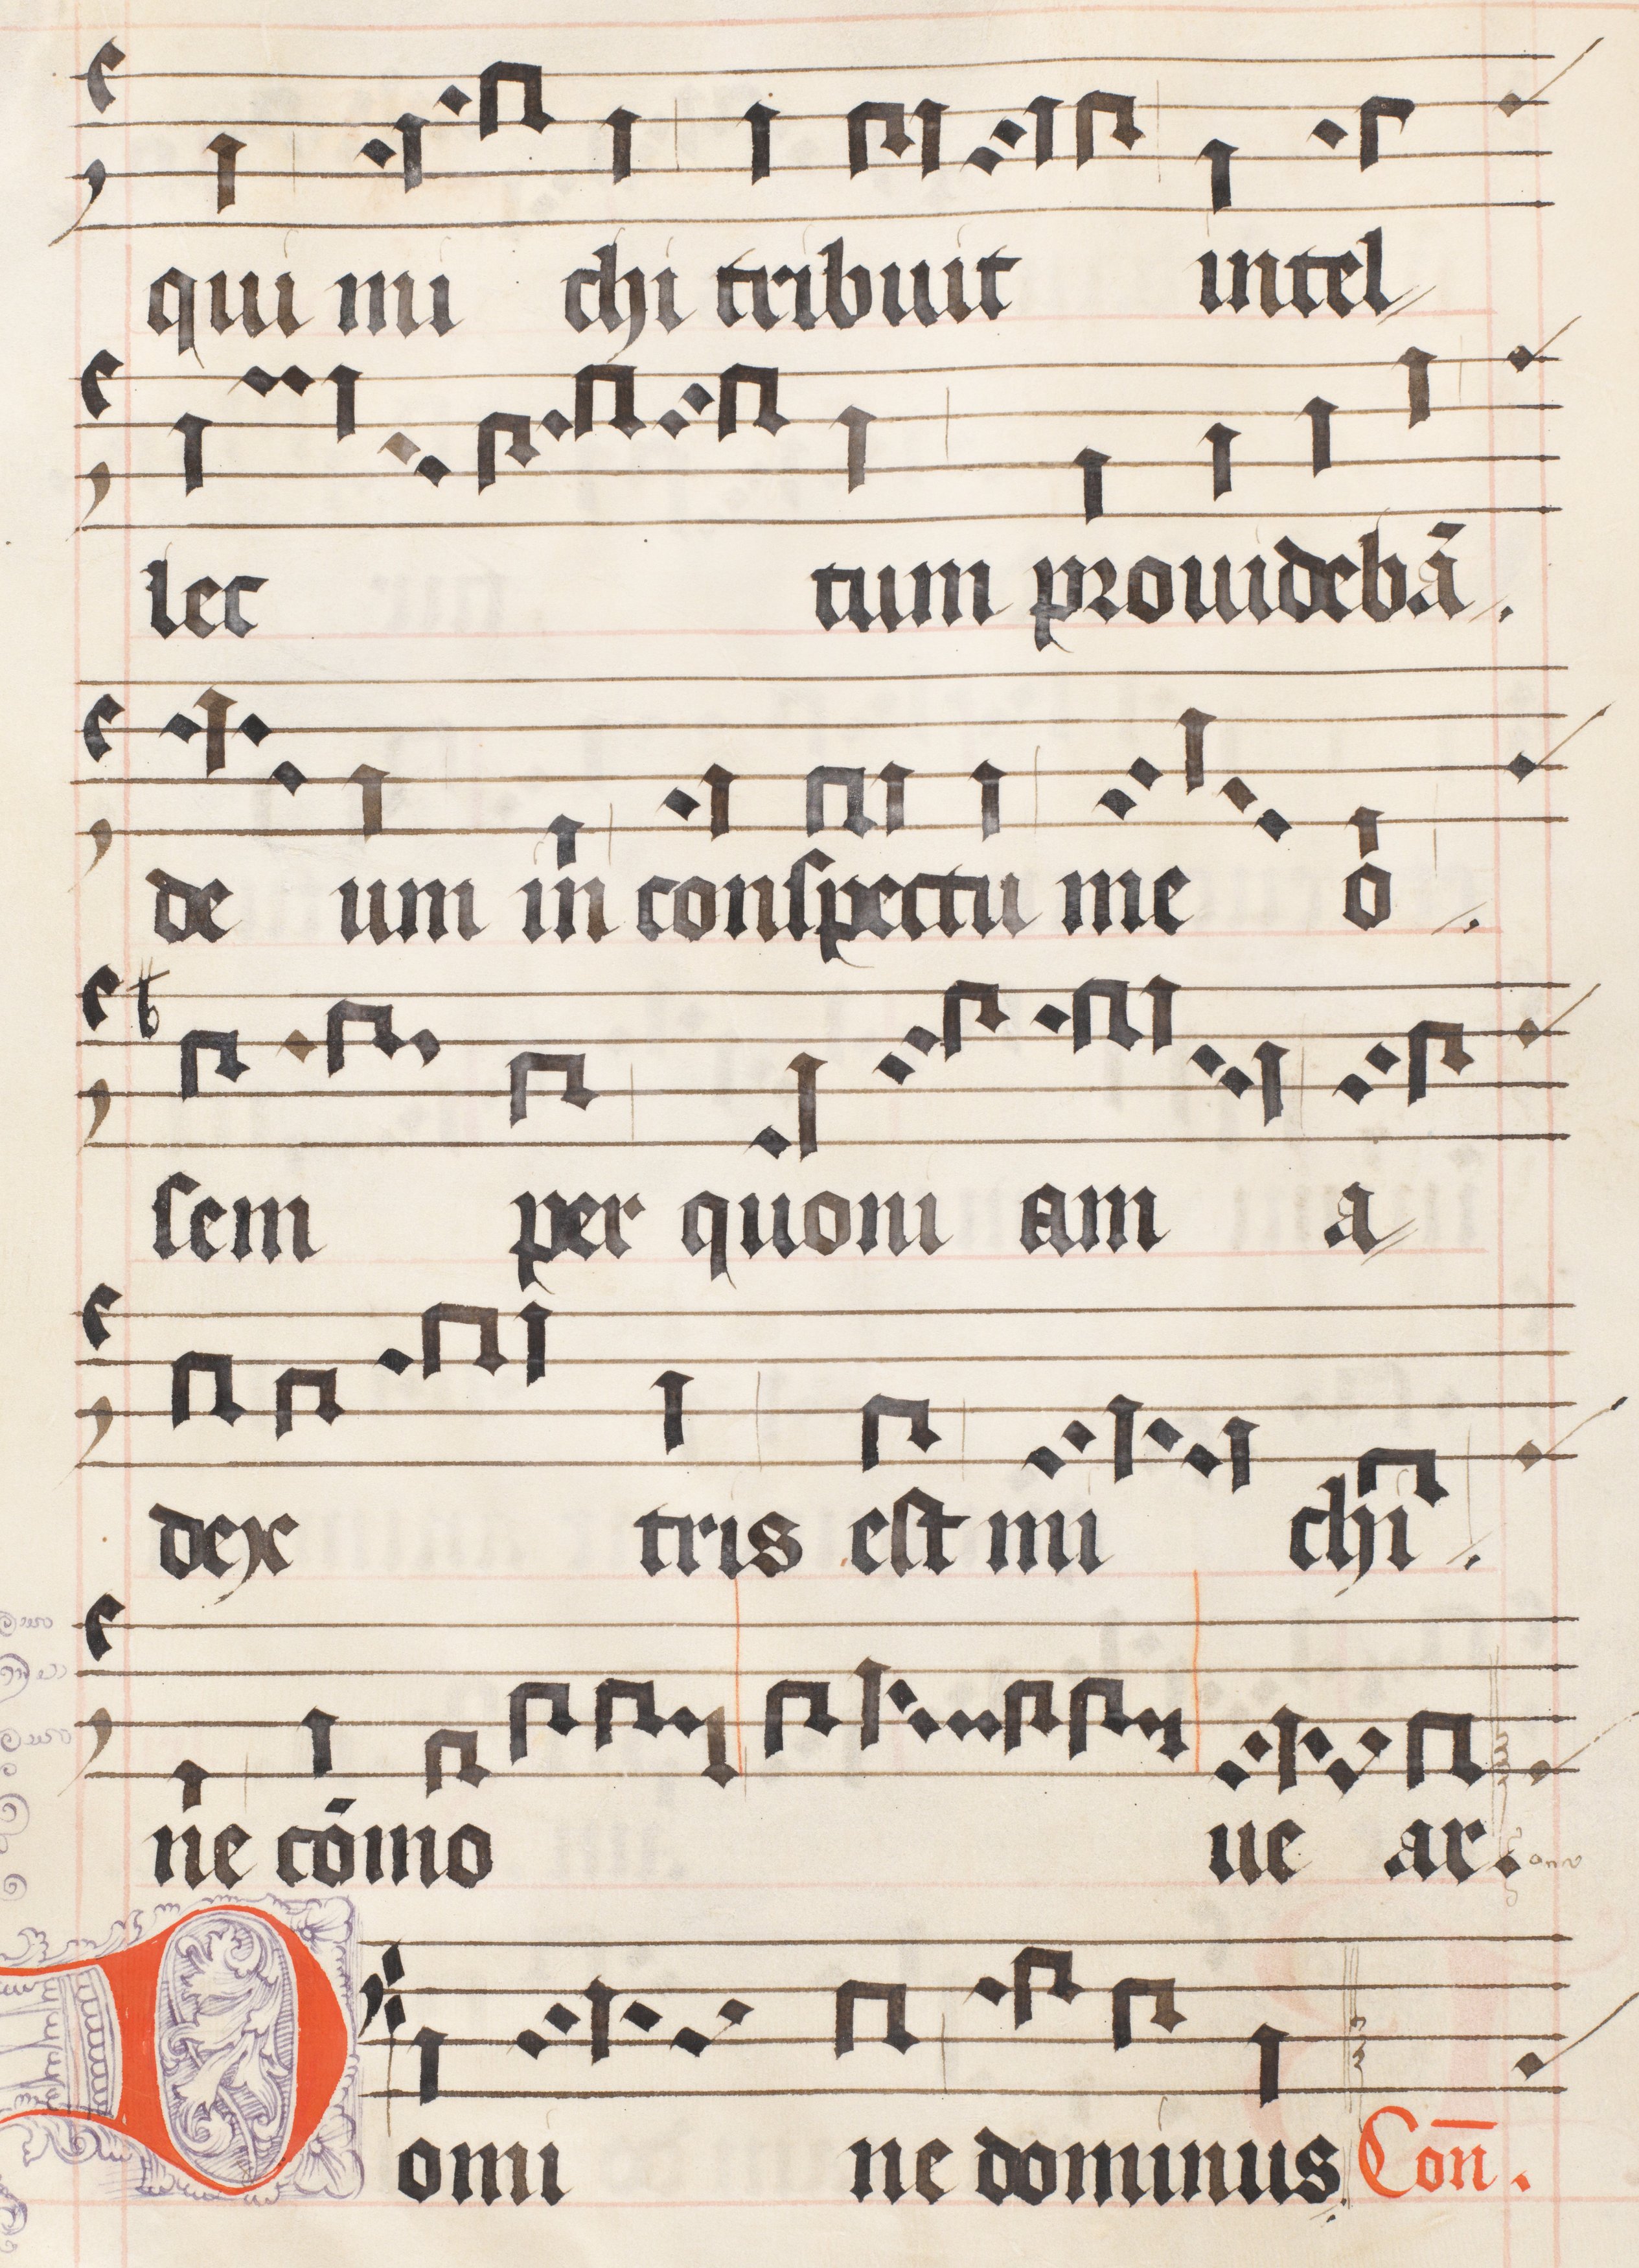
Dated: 1556–1559